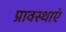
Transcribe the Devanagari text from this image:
प्रावस्थाएं